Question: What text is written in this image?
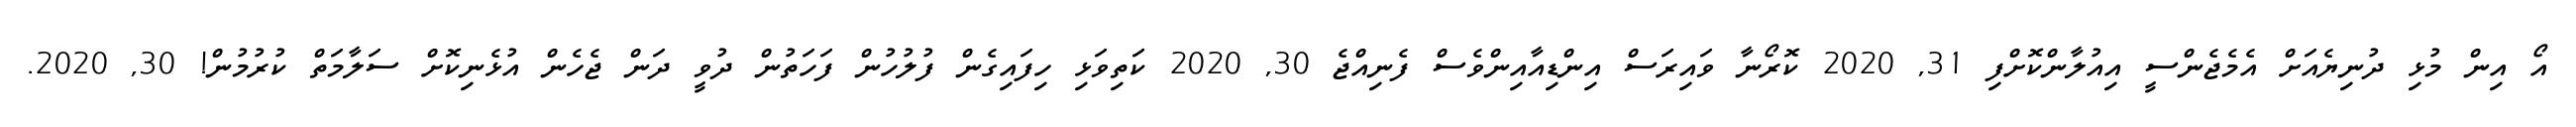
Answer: އޯ އިން މުޅި ދުނިޔެއަށް އެމެޖެންސީ އިއުލާންކޮށްފި 31, 2020 ކޮރޯނާ ވައިރަސް އިންޑިއާއިންވެސް ފެނިއްޖެ 30, 2020 ކަތިވަޅި ހިފައިގެން ފުލުހުން ފަހަތުން ދުވީ ދަން ޖެހެން އުޅެނިކޮށް ސަލާމަތް ކުރުމުން! 30, 2020.